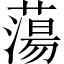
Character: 蕩